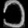
Digit: ၁